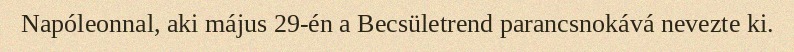
Napóleonnal, aki május 29-én a Becsületrend parancsnokává nevezte ki.